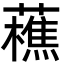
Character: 藮